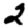
Digit: 2